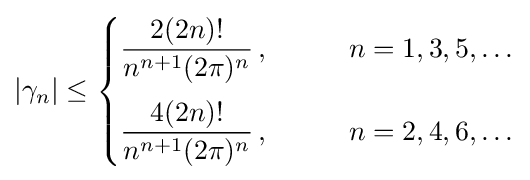
|\gamma _{n}|\leq {\begin{cases}\displaystyle {\frac {2(2n)!}{n^{n+1}(2\pi )^{n}}}\,,\qquad &n=1,3,5,\ldots \\[4mm]\displaystyle {\frac {4(2n)!}{n^{n+1}(2\pi )^{n}}}\,,\qquad &n=2,4,6,\ldots \end{cases}}